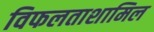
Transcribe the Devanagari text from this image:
विफलताशामिल